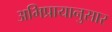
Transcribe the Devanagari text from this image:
अभिप्रायानुसार